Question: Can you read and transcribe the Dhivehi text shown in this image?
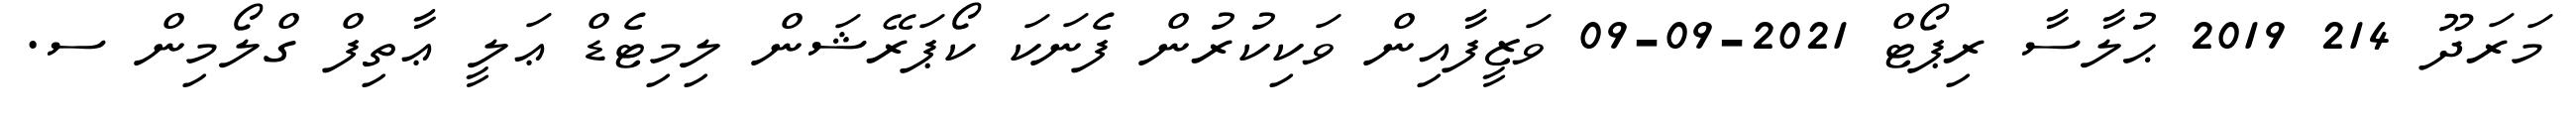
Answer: މަރަދޫ 214 2019 ޙުލާސާ ރިޕޯޓް 2021-09-09 ވަޒީފާއިން ވަކިކުރުން ފެނަކަ ކޯޕަރޭޝަން ލިމިޓެޑް ޢަލީ ޢާތިފް ގްލޯމިން ސ.